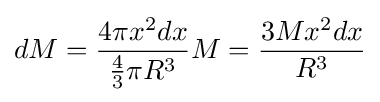
dM={\frac {4\pi x^{2}dx}{{\frac {4}{3}}\pi R^{3}}}M={\frac {3Mx^{2}dx}{R^{3}}}